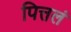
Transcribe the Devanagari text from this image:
पित्तलं